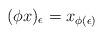
LaTeX: \begin{align*}(\phi x)_\epsilon = x_{\phi(\epsilon)}\end{align*}